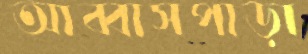
আব্বাসপাড়া